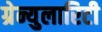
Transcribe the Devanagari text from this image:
ग्रेन्युलारिटी